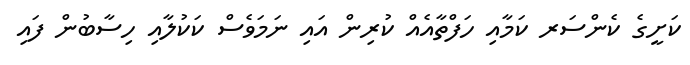
ކަށީގެ ކެންސަރ ކަމާއި ހަފްތާއެއް ކުރިން އައި ނަމަވެސް ކަކުލާއި ހިސާބުން ފައި